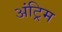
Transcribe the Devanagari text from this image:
अंट्रिम